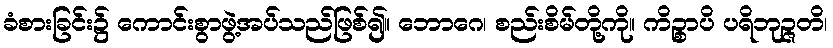
ခံစားခြင်း၌ ကောင်းစွာဖွဲ့အပ်သည်ဖြစ်၍။ ဘောဂေ၊ စည်းစိမ်တို့ကို။ ကိဉ္စာပိ ပရိဘုဉ္ဇတိ၊